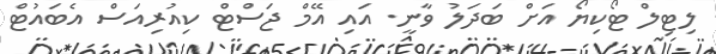
ލިޓިލް ޓޯކިޔޯ އަށް ބަދަލު ވާނީ. އައި އޭމް ޖަސްޓް ކިއުރިއަސް އެބައުޓް